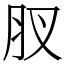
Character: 肞